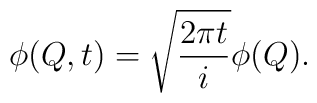
\phi(Q,t)= \sqrt{ {2\pi t \over i}}\phi(Q).